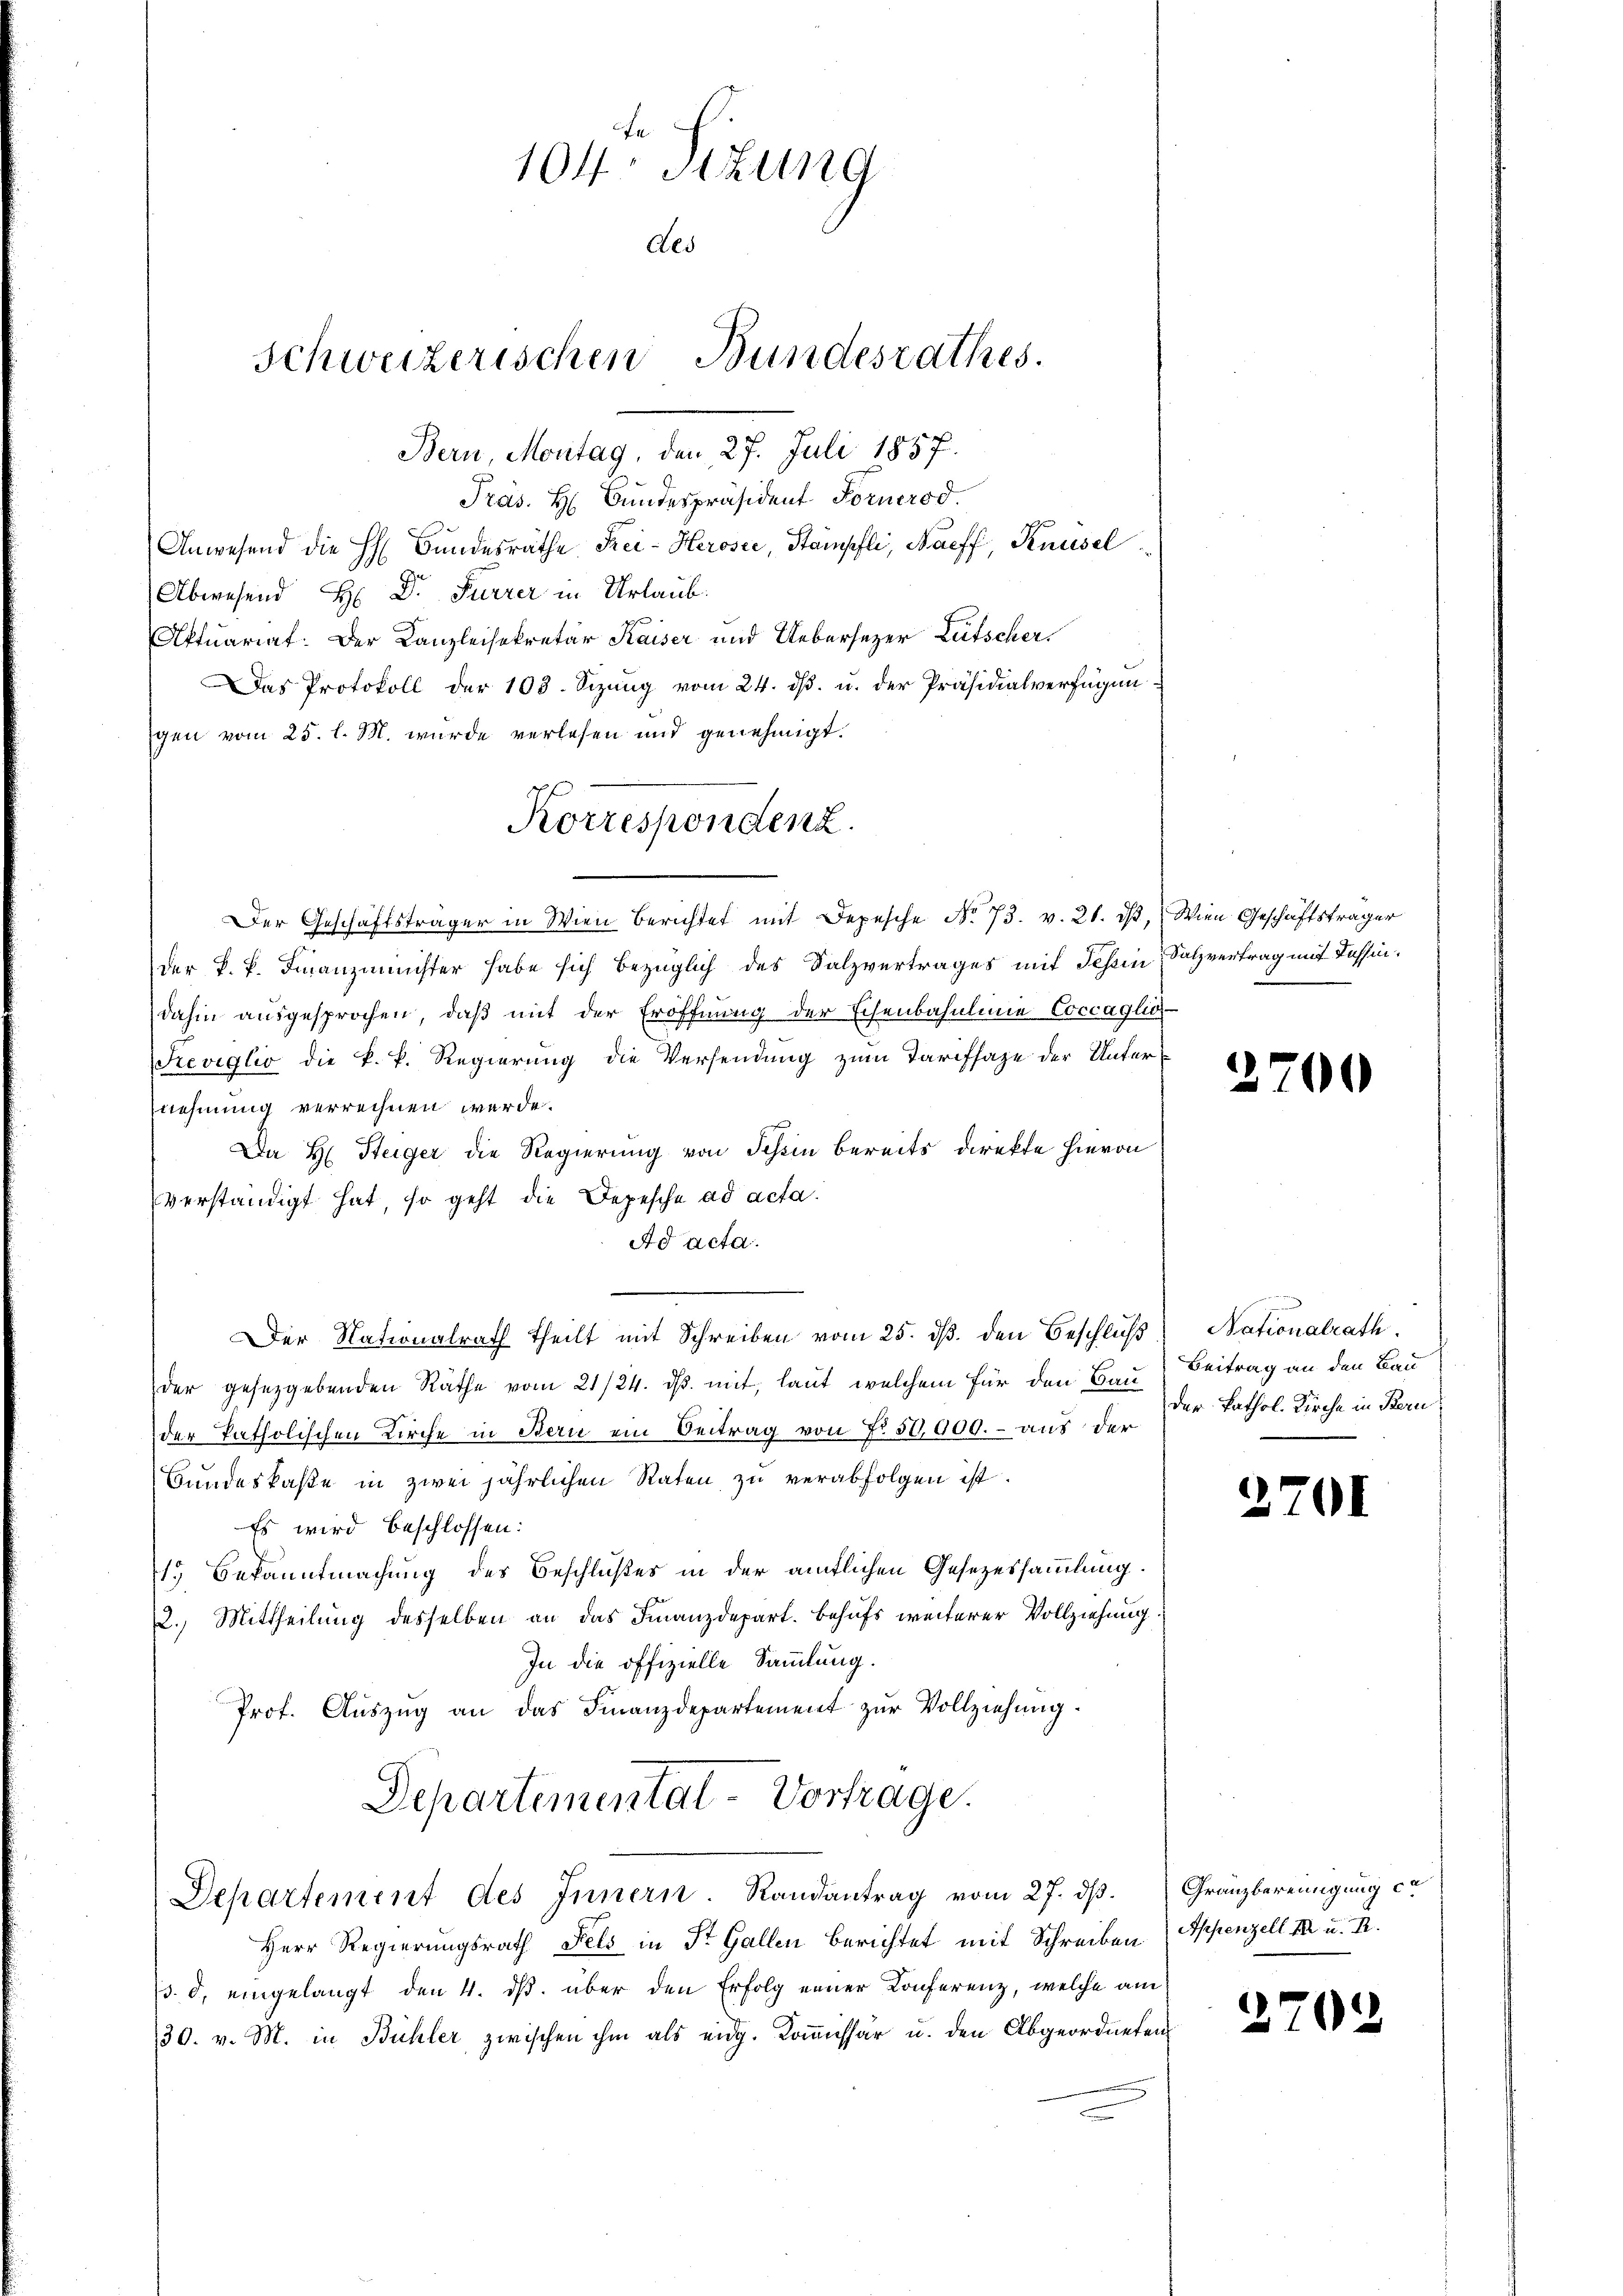
104. Sizung
Als
Schweizerischen Bundesrathes.
Bern, Montag, den 27. Juli 1857.

Präs. H. Bundespräsident Fornerod.
Anwesend die H. Bundesräthe Frei-Herosee, Stämpfli, Naeff, Knüsel
Abwesend H: Dr. Furrer in Urlaub.
Aktuariat. Der Kanzleisekretär Kaiser und Uebersezer Lütscher,
Das Protokoll der 103. Sizung vom 24. dβ. u. der Präsidialverfügen
gen vom 25. l. M. wurde verlesen und genehmigt.
Der Geschäftsträger in Wien Berichtet mit Depesche No. 73. v. 21. ds, Wien Geschäftsträger
der k. k. Finanzminister habe sich bezüglich des Salzvertrages mit Tessin, Salzvertrag mit Tessindahin ausgesprochen, daß mit der Eröffnung der Schenbahnlinie Coccaglio
Seviglio die k. k. Regierung die Versendung zum Tarifsaze der Unternehmung verrechnen werde.
Da H: Steiger die Regierung von Schin bereits direkte hievon
verständigt hat, so geht die Depesche ad acta.
Ad acta.
Der Nationalrath theilt mit Schreiben vom 25. ds. den Beschluß
der gesetzgebenden Räthe vom 21/24. ds. mit, laut welchem für den Bau) Beitrag an den Bau
der Patholischen Kirche in Bern ein Beitrag von N. 50,000.- aus der
Bundeskasse in zwei jährlichen Raten zu verabfolgen ist.
Es wird beschlossen:
15 Bekanntmachung des Beschlußes in der ämtlichen Gesezessammlung.
2.) Mittheilung desselben an das Finanzdepart. Behufs weiterer Vollziehung.
In die offizielle Sammlung.
Prof. Auszug an das Finanzdepartement zur Vollziehung.
Departementat-Vortrage.
Departement des Innern. Randantrag vom 27. ds. Gränzbereinigung ca
Herr Regierungsrath Fels in St. Gallen berichtet mit Schreiben Appenzell II u. I.
/3. d. eingelangt den 4. ds. über den Erfolg einer Conferenz, welche am
30. v. M. in Bühler zwischen ihm als eidg. Kommissär u. den Abgeordneten

Korrespondenz.

2700

Nationalrath
der Pathol. Kirche in Beru

2701

2702